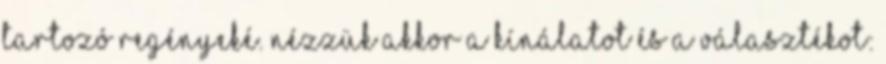
tartozó regényeké. Nézzük akkor a kínálatot és a választékot: